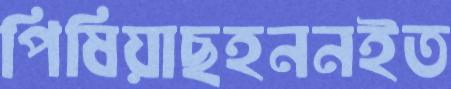
পিষিয়াছহননইত